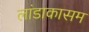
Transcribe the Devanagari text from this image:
लांडाकासम